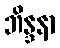
ဘိန္ဒနာ